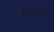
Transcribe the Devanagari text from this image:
चोचींप्रमाणे